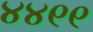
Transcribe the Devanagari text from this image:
४४९९